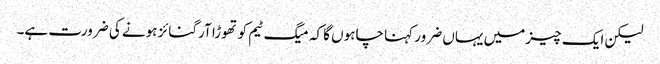
لیکن ایک چیز میں یہاں ضرور کہنا چاہوں گا کہ میگ ٹیم کو تھوڑا آرگنائز ہونے کی ضرورت ہے۔